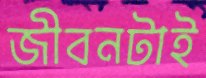
জীবনটাই